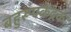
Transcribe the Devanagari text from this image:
बहुरूपकेंद्रक